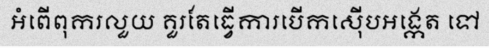
អំពើពុករលួយ គួរតែធ្វើការបើកស៊ើបអង្កេត ទៅ